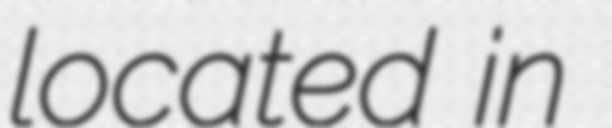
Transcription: located in